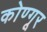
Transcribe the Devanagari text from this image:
कोण्गूर